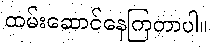
ထမ်းဆောင်နေကြတာပါ။